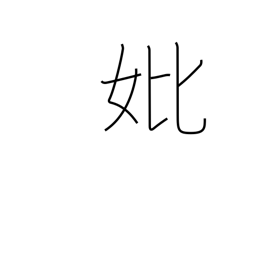
Meaning: mother